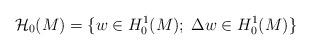
LaTeX: \begin{align*}\mathcal{H}_0(M)=\{w\in H_0^1(M);\; \Delta w\in H_0^1(M)\}\end{align*}